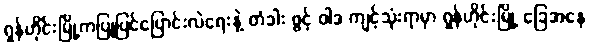
ရှန်ဟိုင်းမြို့ကပြုပြင်ပြောင်းလဲရေးနဲ့ တံခါး ဖွင့် ဝါဒ ကျင့်သုံးရာမှာ ရှန်ဟိုင်းမြို့ ခြေအနေ